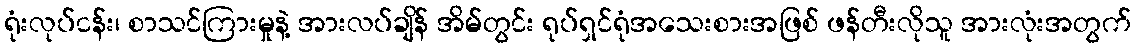
ရုံးလုပ်ငန်း၊ စာသင်ကြားမှုနဲ့ အားလပ်ချိန် အိမ်တွင်း ရုပ်ရှင်ရုံအသေးစားအဖြစ် ဖန်တီးလိုသူ အားလုံးအတွက်